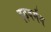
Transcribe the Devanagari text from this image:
दृढ़वर्मन